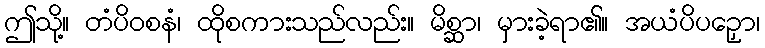
ဤသို့။ တံပိဝစနံ၊ ထိုစကားသည်လည်း။ မိစ္ဆာ၊ မှားခဲ့ရာ၏။ အယံပိပဉှော၊